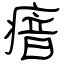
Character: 瘖